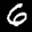
Label: 6